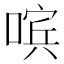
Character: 𰈚